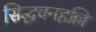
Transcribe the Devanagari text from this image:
सिद्धवनहल्लि